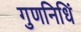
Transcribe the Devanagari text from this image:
गुणनिधिं